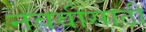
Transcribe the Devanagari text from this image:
नववीसाठी